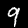
Label: 9